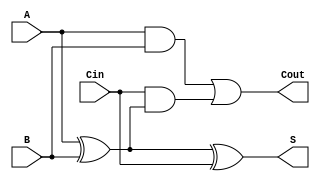
module async_full_adder (
    input wire A,      // First bit input
    input wire B,      // Second bit input
    input wire Cin,    // Carry-in input
    output wire S,     // Sum output
    output wire Cout   // Carry-out output
);

// Intermediate signals
wire AxorB;

// Calculate the sum (S) using XOR gates
assign AxorB = A ^ B;       // First XOR gate
assign S = AxorB ^ Cin;     // Second XOR gate for final sum

// Calculate the carry-out (Cout)
assign Cout = (A & B) | (Cin & AxorB); // Using AND and OR gates

endmodule